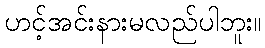
ဟင့်အင်းနားမလည်ပါဘူး။